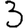
Digit: 3